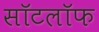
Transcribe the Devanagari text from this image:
सॉटलॉफ